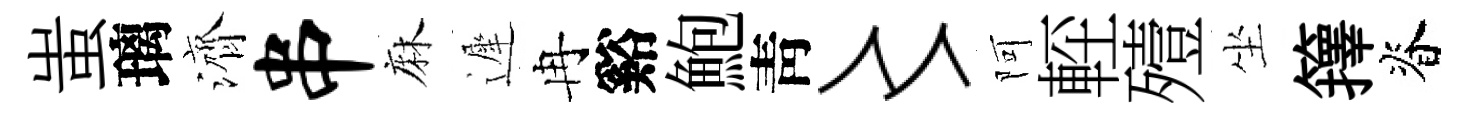
蚩璃濟串麻遲冉谿鮑靑〻阿䡖殪坐籜脊